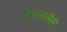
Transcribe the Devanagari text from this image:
बनावलेले